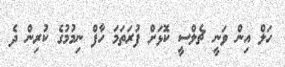
ހަލް އިން ވަނީ ޗެލްސީ ކޮޅަށް ފުރަތަމަ ހާފް ނިމުމުގެ ކުރިން ދެ